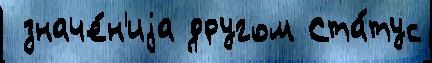
 значе́н'иjа другом Ста́тус